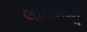
લાઈનનો